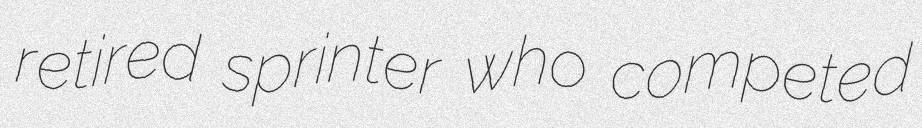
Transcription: retired sprinter who competed